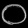
Digit: ၀